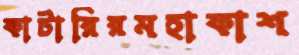
কাটারিরমহাকাশ